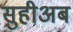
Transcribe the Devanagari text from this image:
सुहीअब